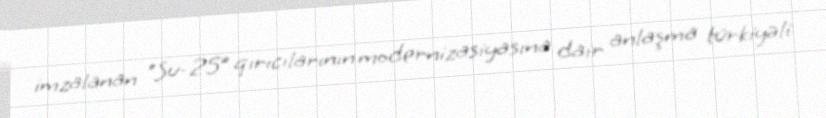
imzalanan “Su-25” qırıcılarının modernizasiyasına dair anlaşma türkiyəli